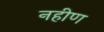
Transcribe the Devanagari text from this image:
नहीण